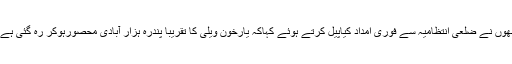
انھوں نے ضلعی انتظامیہ سے فوری امداد کیاپیل کرتے ہوئے کہاکہ یارخون ویلی کا تقریبا پندرہ ہزار آبادی محصورہوکر رہ گئی ہے ۔